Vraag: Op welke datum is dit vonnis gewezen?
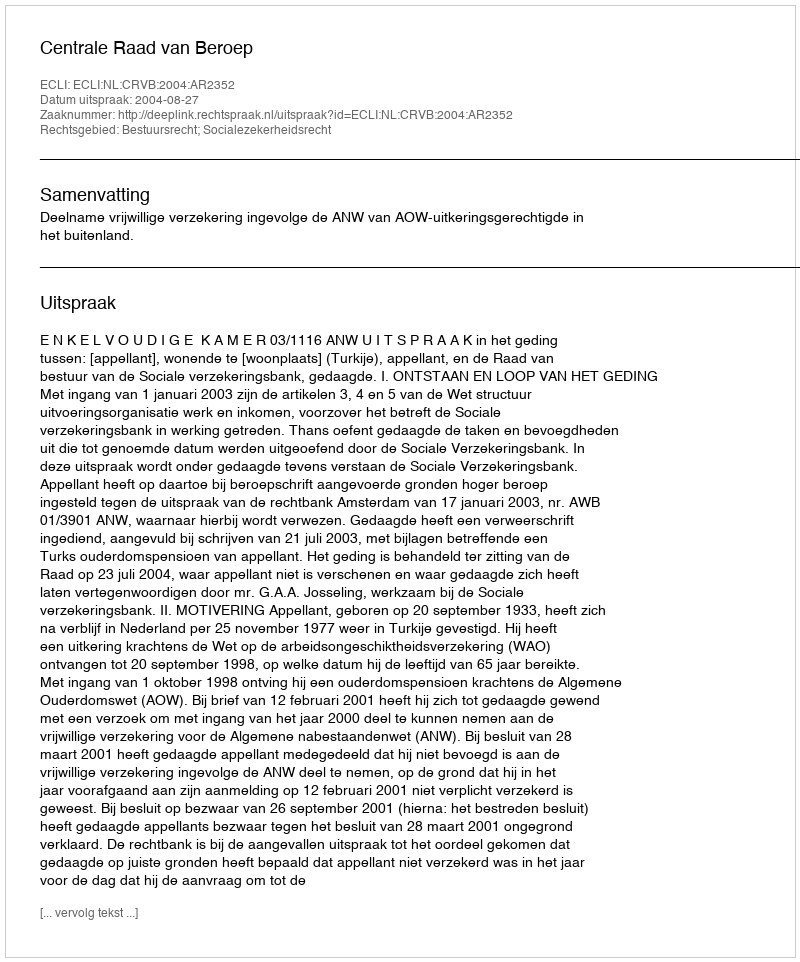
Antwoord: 2004-08-27